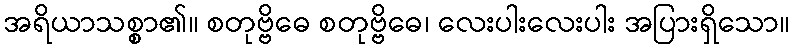
အရိယာသစ္စာ၏။ စတုဗ္ဗိဓေ စတုဗ္ဗိဓေ၊ လေးပါးလေးပါး အပြားရှိသော။